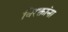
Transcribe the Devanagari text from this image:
विरक्तांना